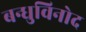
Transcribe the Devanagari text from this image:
बन्धुविनोद